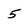
Character: 5